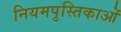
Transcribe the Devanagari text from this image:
नियमपुस्तिकाओं